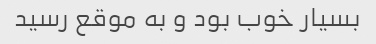
بسیار خوب بود و به موقع رسید